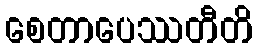
စေတာပေဿတီတိ